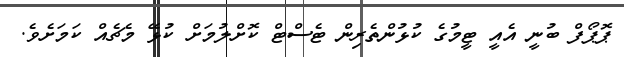
ޕޮޕޯފް ބުނީ އެއީ ޓީމުގެ ކުޅުންތެރިން ޓެސްޓް ކޮށްލުމަށް ކުޅޭ މެޗެއް ކަމަށެވެ.